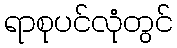
ရာစုပင်လုံတွင်